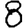
Digit: 8